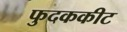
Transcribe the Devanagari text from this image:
फुदककीट